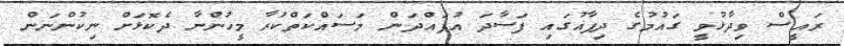
ރައީސް ވިދާޅުވީ ގައުމުގެ ދިފާއުގައި ފަސާދަ އުފައްދަން މަސައްކަތްކުރާ މީހުންނާ ދެކޮޅަށް ނިކުންނަން